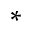
^ *